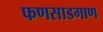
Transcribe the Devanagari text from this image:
फणसाडगाण